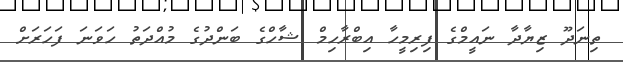
ތިނަދޫ ޒިޔާދާ ނައީމްގެ ފިރިމީހާ އިބްރާހިމް ޝާހްގެ ބަންދުގެ މުއްދަތު ހަވަނަ ފަހަރަށް